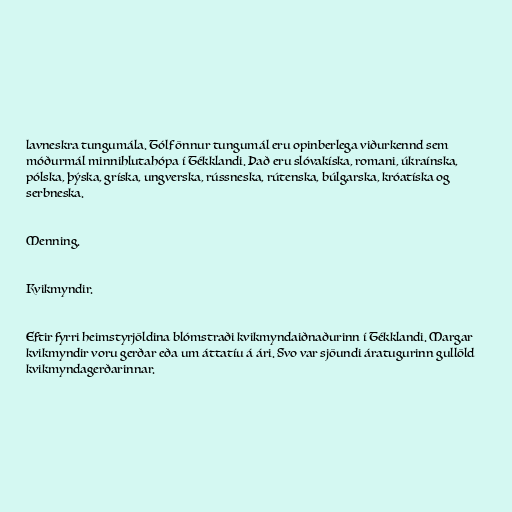
lavneskra tungumála. Tólf önnur tungumál eru opinberlega viðurkennd sem
móðurmál minnihlutahópa í Tékklandi. Það eru slóvakíska, romani, úkraínska,
pólska, þýska, gríska, ungverska, rússneska, rútenska, búlgarska, króatíska og
serbneska.

Menning.

Kvikmyndir.

Eftir fyrri heimstyrjöldina blómstraði kvikmyndaiðnaðurinn í Tékklandi. Margar
kvikmyndir voru gerðar eða um áttatíu á ári. Svo var sjöundi áratugurinn gullöld
kvikmyndagerðarinnar.